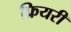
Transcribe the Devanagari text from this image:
फ्रियरी